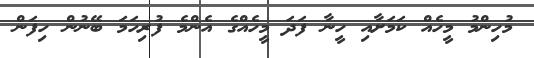
މުހިންމު މީހެއް ކަމަށާއި ހީނާ ފަދަ މީހެއްގެ އެންމެ ފުރިހަމަ ބޭނުން ހިފަން